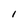
Character: l